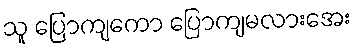
သူ ပြောကျကော ပြောကျမလားအေး